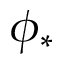
\phi _ { * }